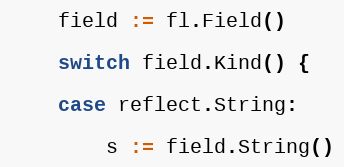
Language: Go
	field := fl.Field()

	switch field.Kind() {

	case reflect.String:

		s := field.String()